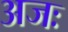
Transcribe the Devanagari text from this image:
अजः